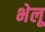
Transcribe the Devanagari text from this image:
भेलू